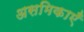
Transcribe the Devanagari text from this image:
असमिकाएँ